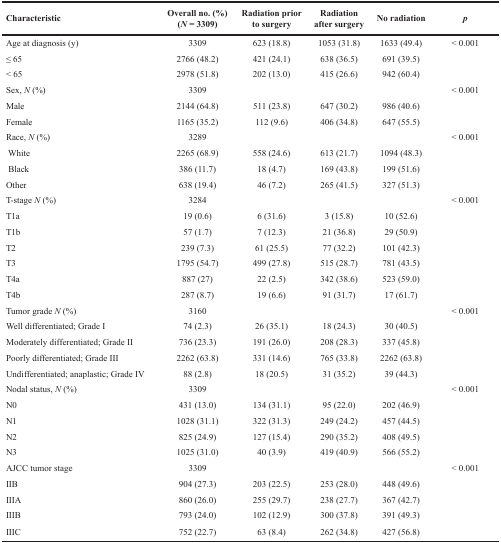
<table><thead><tr><td><b>Characteristic</b></td><td><b>Overall no. (%) (<i>N</i> = 3309)</b></td><td><b>Radiation prior to surgery</b></td><td><b>Radiation after surgery</b></td><td><b>No radiation</b></td><td><b><i>p</i></b></td></tr></thead><tbody><tr><td>Age at diagnosis (y)</td><td>3309</td><td>623 (18.8)</td><td>1053 (31.8)</td><td>1633 (49.4)</td><td>&lt; 0.001</td></tr><tr><td>≤ 65</td><td>2766 (48.2)</td><td>421 (24.1)</td><td>638 (36.5)</td><td>691 (39.5)</td><td>[EMPTY_CELL]</td></tr><tr><td>&lt; 65</td><td>2978 (51.8)</td><td>202 (13.0)</td><td>415 (26.6)</td><td>942 (60.4)</td><td>[EMPTY_CELL]</td></tr><tr><td>Sex, <i>N</i> (%)</td><td>3309</td><td>[EMPTY_CELL]</td><td>[EMPTY_CELL]</td><td>[EMPTY_CELL]</td><td>&lt; 0.001</td></tr><tr><td>Male</td><td>2144 (64.8)</td><td>511 (23.8)</td><td>647 (30.2)</td><td>986 (40.6)</td><td>[EMPTY_CELL]</td></tr><tr><td>Female</td><td>1165 (35.2)</td><td>112 (9.6)</td><td>406 (34.8)</td><td>647 (55.5)</td><td>[EMPTY_CELL]</td></tr><tr><td>Race, <i>N</i> (%)</td><td>3289</td><td>[EMPTY_CELL]</td><td>[EMPTY_CELL]</td><td>[EMPTY_CELL]</td><td>&lt; 0.001</td></tr><tr><td>White</td><td>2265 (68.9)</td><td>558 (24.6)</td><td>613 (21.7)</td><td>1094 (48.3)</td><td>[EMPTY_CELL]</td></tr><tr><td>Black</td><td>386 (11.7)</td><td>18 (4.7)</td><td>169 (43.8)</td><td>199 (51.6)</td><td>[EMPTY_CELL]</td></tr><tr><td>Other</td><td>638 (19.4)</td><td>46 (7.2)</td><td>265 (41.5)</td><td>327 (51.3)</td><td>[EMPTY_CELL]</td></tr><tr><td>T-stage <i>N</i> (%)</td><td>3284</td><td>[EMPTY_CELL]</td><td>[EMPTY_CELL]</td><td>[EMPTY_CELL]</td><td>&lt; 0.001</td></tr><tr><td>T1a</td><td>19 (0.6)</td><td>6 (31.6)</td><td>3 (15.8)</td><td>10 (52.6)</td><td>[EMPTY_CELL]</td></tr><tr><td>T1b</td><td>57 (1.7)</td><td>7 (12.3)</td><td>21 (36.8)</td><td>29 (50.9)</td><td>[EMPTY_CELL]</td></tr><tr><td>T2</td><td>239 (7.3)</td><td>61 (25.5)</td><td>77 (32.2)</td><td>101 (42.3)</td><td>[EMPTY_CELL]</td></tr><tr><td>T3</td><td>1795 (54.7)</td><td>499 (27.8)</td><td>515 (28.7)</td><td>781 (43.5)</td><td>[EMPTY_CELL]</td></tr><tr><td>T4a</td><td>887 (27)</td><td>22 (2.5)</td><td>342 (38.6)</td><td>523 (59.0)</td><td>[EMPTY_CELL]</td></tr><tr><td>T4b</td><td>287 (8.7)</td><td>19 (6.6)</td><td>91 (31.7)</td><td>17 (61.7)</td><td>[EMPTY_CELL]</td></tr><tr><td>Tumor grade <i>N</i> (%)</td><td>3160</td><td>[EMPTY_CELL]</td><td>[EMPTY_CELL]</td><td>[EMPTY_CELL]</td><td>&lt; 0.001</td></tr><tr><td>Well differentiated; Grade I</td><td>74 (2.3)</td><td>26 (35.1)</td><td>18 (24.3)</td><td>30 (40.5)</td><td>[EMPTY_CELL]</td></tr><tr><td>Moderately differentiated; Grade II</td><td>736 (23.3)</td><td>191 (26.0)</td><td>208 (28.3)</td><td>337 (45.8)</td><td>[EMPTY_CELL]</td></tr><tr><td>Poorly differentiated; Grade III</td><td>2262 (63.8)</td><td>331 (14.6)</td><td>765 (33.8)</td><td>2262 (63.8)</td><td>[EMPTY_CELL]</td></tr><tr><td>Undifferentiated; anaplastic; Grade IV</td><td>88 (2.8)</td><td>18 (20.5)</td><td>31 (35.2)</td><td>39 (44.3)</td><td>[EMPTY_CELL]</td></tr><tr><td>Nodal status, <i>N</i> (%)</td><td>3309</td><td>[EMPTY_CELL]</td><td>[EMPTY_CELL]</td><td>[EMPTY_CELL]</td><td>&lt; 0.001</td></tr><tr><td>N0</td><td>431 (13.0)</td><td>134 (31.1)</td><td>95 (22.0)</td><td>202 (46.9)</td><td>[EMPTY_CELL]</td></tr><tr><td>N1</td><td>1028 (31.1)</td><td>322 (31.3)</td><td>249 (24.2)</td><td>457 (44.5)</td><td>[EMPTY_CELL]</td></tr><tr><td>N2</td><td>825 (24.9)</td><td>127 (15.4)</td><td>290 (35.2)</td><td>408 (49.5)</td><td>[EMPTY_CELL]</td></tr><tr><td>N3</td><td>1025 (31.0)</td><td>40 (3.9)</td><td>419 (40.9)</td><td>566 (55.2)</td><td>[EMPTY_CELL]</td></tr><tr><td>AJCC tumor stage</td><td>3309</td><td>[EMPTY_CELL]</td><td>[EMPTY_CELL]</td><td>[EMPTY_CELL]</td><td>&lt; 0.001</td></tr><tr><td>IIB</td><td>904 (27.3)</td><td>203 (22.5)</td><td>253 (28.0)</td><td>448 (49.6)</td><td>[EMPTY_CELL]</td></tr><tr><td>IIIA</td><td>860 (26.0)</td><td>255 (29.7)</td><td>238 (27.7)</td><td>367 (42.7)</td><td>[EMPTY_CELL]</td></tr><tr><td>IIIB</td><td>793 (24.0)</td><td>102 (12.9)</td><td>300 (37.8)</td><td>391 (49.3)</td><td>[EMPTY_CELL]</td></tr><tr><td>IIIC</td><td>752 (22.7)</td><td>63 (8.4)</td><td>262 (34.8)</td><td>427 (56.8)</td><td>[EMPTY_CELL]</td></tr></tbody></table>